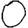
Digit: 0